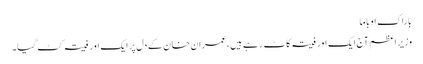
باراک اوباما
وزیر اعظم آج ایک اور فیتہ کاٹ رہے ہیں، عمران‌خان کے دل پر ایک اور فیتہ کٹ گیا۔